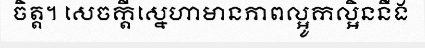
ចិត្ត។ សេចក្តីស្នេហាមានភាពល្អូកល្អិននឹង